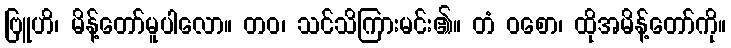
ဗြူဟိ၊ မိန့်တော်မူပါလော။ တဝ၊ သင်သိကြားမင်း၏။ တံ ဝစော၊ ထိုအမိန့်တော်ကို။